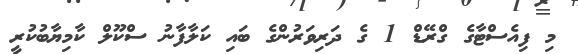
މި ފިއެސްޓާގެ ގްރޭޑް 1 ގެ ދަރިވަރުންގެ ބައި ކަލާފާނު ސްކޫލް ކާމިޔާބުކުރީ